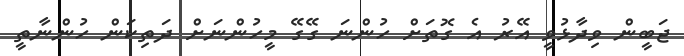
ޖަބީން ވިދާޅުވީ އޭރު އެ ގޮތަށް ހުންނަ ގޭގޭ މީހުންނަށް ދަތިކަން ހުންނާތީ